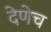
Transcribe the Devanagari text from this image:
देणेच